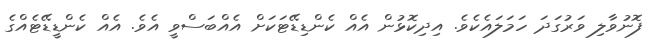
ފޮނުވާލި ވަރުގަދަ ހަމަލައެކެވެ. އިދިކޮޅުން އެއް ކެންޑިޑޭޓަކަށް އެއްބަސްވީ އެވެ. އެއް ކެންޑީޑޭޓެއްގެ